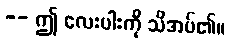
-- ဤ လေးပါးကို သိအပ်၏။